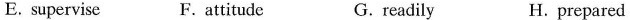
E.supervise F.attitude G.readily H. prepared